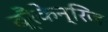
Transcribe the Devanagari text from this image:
ब्रैकेन्‌रिज